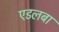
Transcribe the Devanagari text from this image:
एडलबा